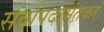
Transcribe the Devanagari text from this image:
सर्वापदामंतकरं